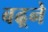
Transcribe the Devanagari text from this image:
बढ़्ने